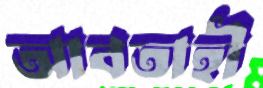
আবতাহী